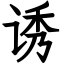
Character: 诱